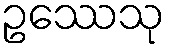
ဥဿေသု